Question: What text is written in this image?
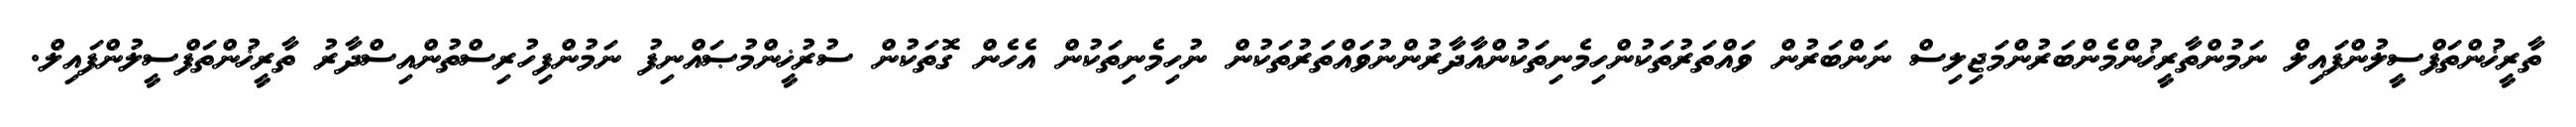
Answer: ތާރީޚުންތަފްސީލުންފައިލް ނަމުންތާރީޚުންމެންބަރުންމަޖިލިސް ނަންބަރުން ވައްތަރުތަކުންހިމެނިތަކުންއާދާރުންނުވައްތަރުތަކުން ނުހިމެނިތަކުން އެހެން ގޮތަކުން ސުރުޚީންމުޞައްނިފު ނަމުންފިހުރިސްތުންއިސްދާރު ތާރީޚުންތަފްސީލުންފައިލް.